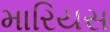
મારિયસ